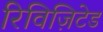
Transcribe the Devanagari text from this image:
रिविज़िटेड